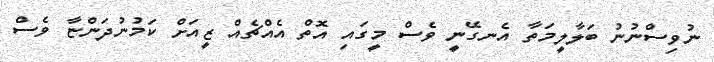
ނުވިސްނުނު ބަލާލީމަތާ އެނގޭނީ ވެސް މީގައި އޮތް އެއްޗެއް ޒީއަށް ކަމުނުދަންޏާ ވެސް